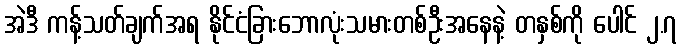
အဲဒီ ကန့်သတ်ချက်အရ နိုင်ငံခြားဘောလုံးသမားတစ်ဦးအနေနဲ့ တနှစ်ကို ပေါင် ၂.၇